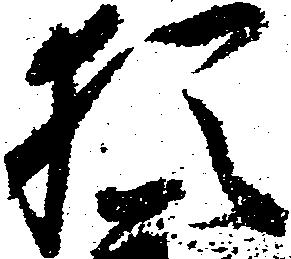
猶